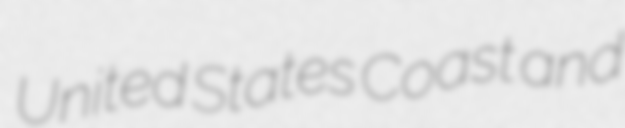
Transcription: United States Coast and